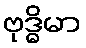
ဗုဒ္ဓိမာ